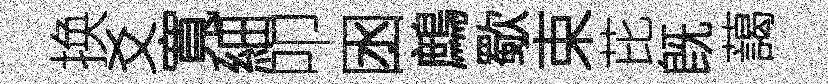
换爻寬細叩囦鷓歜束芘旣藹